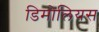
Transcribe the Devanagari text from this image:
डिमोलियस